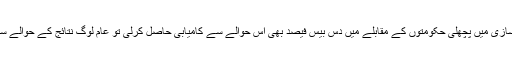
وزیراعظم عمران خان نے اگر حکومت سازی میں پچھلی حکومتوں کے مقابلے میں دس بیس فیصد بھی اس حوالے سے کامیابی حاصل کرلی تو عام لوگ نتائج کے حوالے سے فرق محسوس کرنا شروع کردیں گے۔